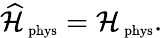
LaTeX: \widehat{\cal H}_{\mathrm{\scriptsize~phys}}={\cal H}_{\mathrm{\scriptsize~phys}}.